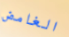
الغامض